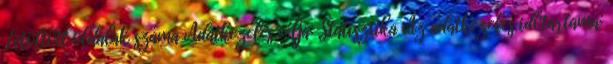
Letöltött oldalak száma Adatkezelés célja: Statisztika Az adatkezelés időtartama: